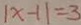
\vert x - 1 \vert = 3